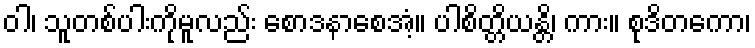
ဝါ၊ သူတစ်ပါးကိုမူလည်း စောဒနာစေအံ့။ ပါစိတ္တိယန္တိ၊ ကား။ စုဒိတကော၊